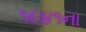
૧૯૪૧ના